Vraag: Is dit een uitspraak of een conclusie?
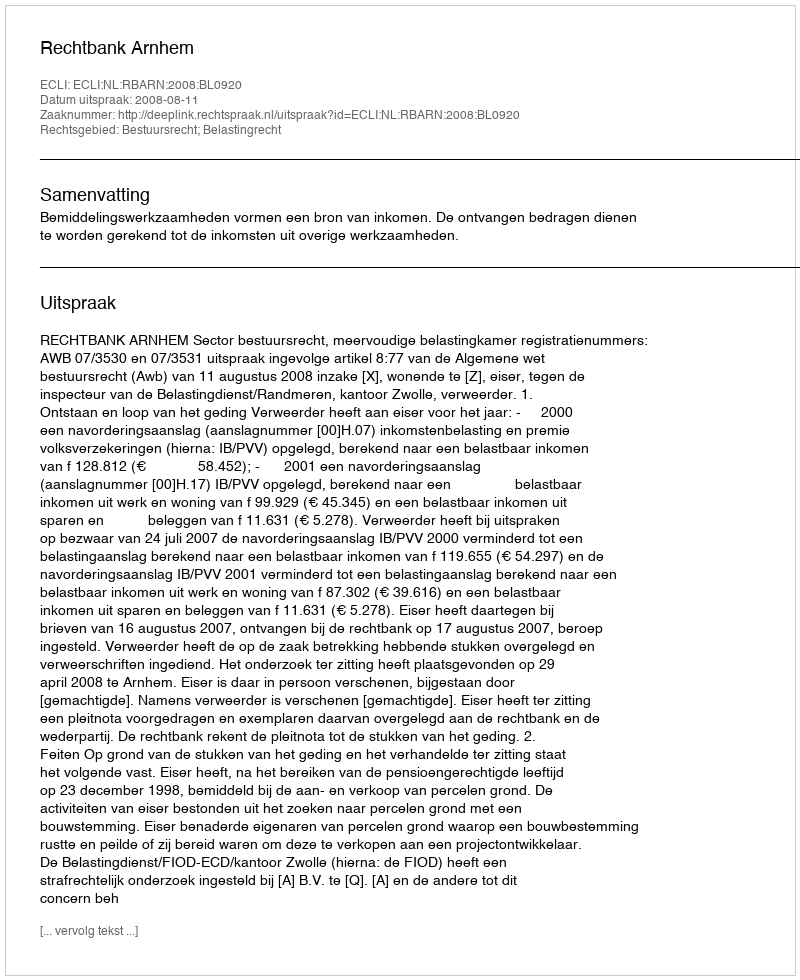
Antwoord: Uitspraak